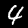
Label: 4